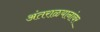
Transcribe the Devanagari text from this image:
अंतराळयानांवर